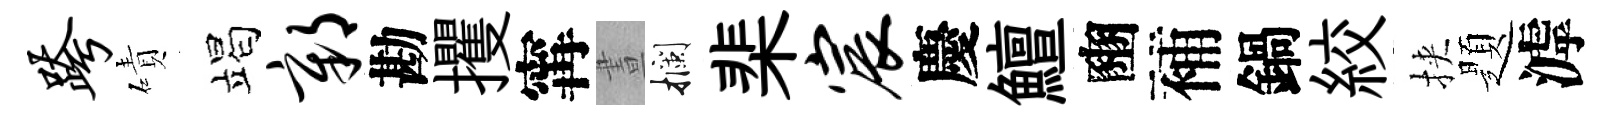
跨磧竭鄣勘攫𡩋晝攔棐宸慶鱣豳補鍋絞挾題滹